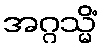
အဂ္ဂသ္မိံ